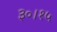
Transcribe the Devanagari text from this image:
३०।१५